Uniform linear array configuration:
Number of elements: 64
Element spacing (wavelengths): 0.25
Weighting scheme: binomial
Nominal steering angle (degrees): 15
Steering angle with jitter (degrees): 16.213
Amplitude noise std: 0.05
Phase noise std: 0.05

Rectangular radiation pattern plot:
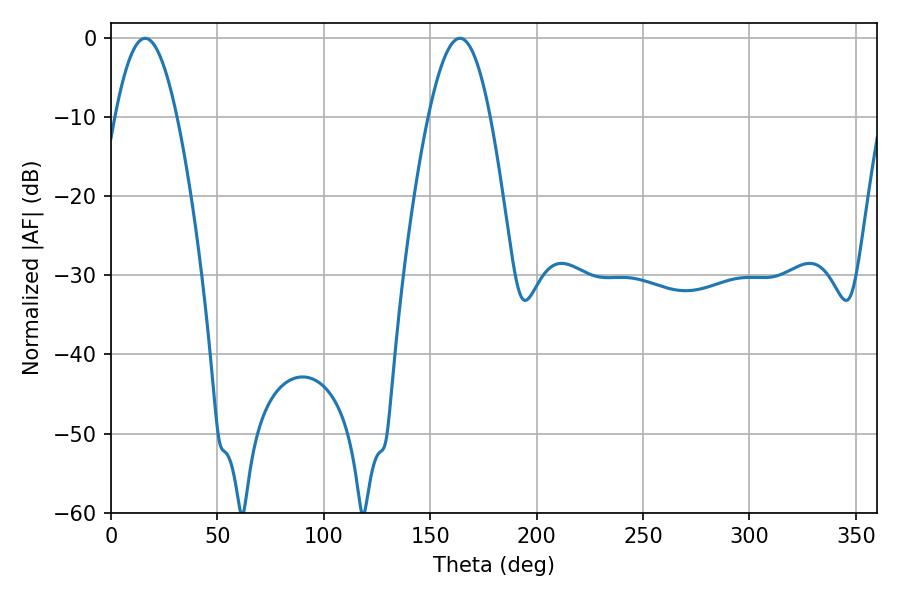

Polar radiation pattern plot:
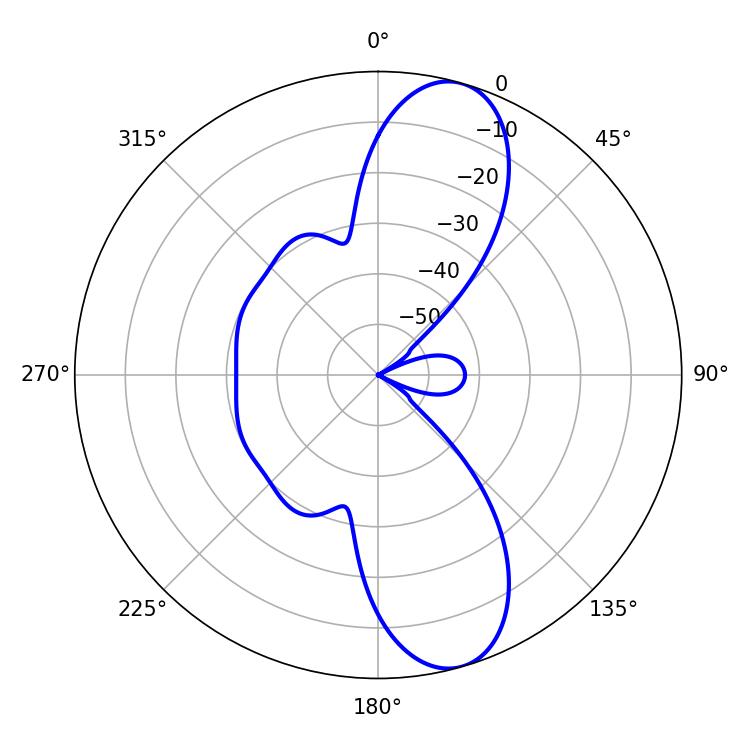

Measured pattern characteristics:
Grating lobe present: FALSE
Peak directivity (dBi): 10.869
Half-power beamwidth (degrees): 15.84
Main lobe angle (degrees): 16.02